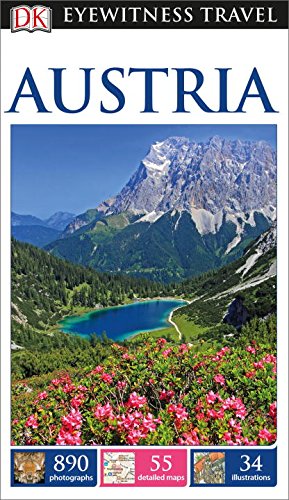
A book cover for DK Eyewitness Travel Guide: Austria; DK Publishing; Travel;